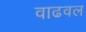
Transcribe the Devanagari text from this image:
वाढवल